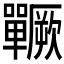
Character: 𱕵